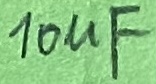
Text: 10µF